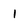
Character: 1